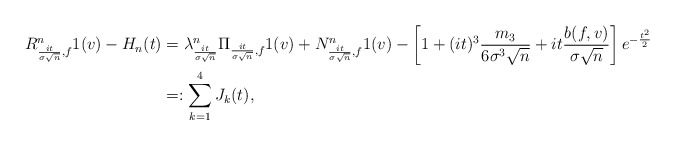
\begin{align*}R^n_{\frac{it}{\sigma \sqrt{n}}, f} 1(v) - H_n(t)& = \lambda^n_{ \frac{it}{\sigma \sqrt{n}} } \Pi_{ \frac{it}{\sigma \sqrt{n}}, f } 1(v) + N_{ \frac{it}{\sigma \sqrt{n}}, f }^n 1(v) - \left[ 1 + (it)^3 \frac{ m_3 }{ 6 \sigma^3 \sqrt{n}} + it \frac{ b(f, v) }{ \sigma \sqrt{n} } \right] e^{- \frac{t^2}{2}} \\& =: \sum_{k=1}^4 J_k(t),\end{align*}